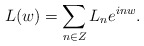
\begin{align*}L(w) = \sum_{n\in Z} L_n e^{inw}.\end{align*}